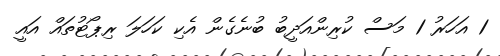
1 އަހަރު 1 މަސް ކުރިންއަދީބު ބުނެގެން އެކި ކަހަލަ ރިޕޯޓުތައް އައީ